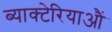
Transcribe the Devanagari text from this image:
ब्याक्टेरियाऔं